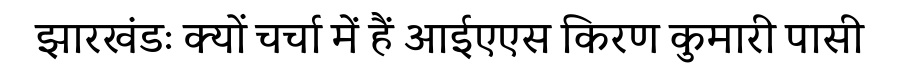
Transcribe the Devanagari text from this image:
झारखंडः क्यों चर्चा में हैं आईएएस किरण कुमारी पासी